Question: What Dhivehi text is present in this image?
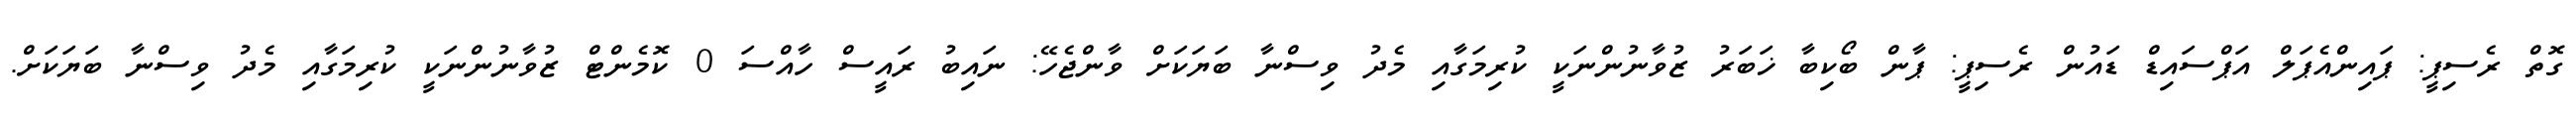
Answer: ގޮތް ރެސިޕީ: ޕައިންއެޕަލް އަޕްސައިޑް ޑައުން ރެސިޕީ: ޕާން ބޯކިބާ ޚަބަރު ޒުވާނުންނަކީ ކުރިމަގާއި މެދު ވިސްނާ ބަޔަކަށް ވާންޖެހޭ: ނައިބު ރައީސް ހާއްސަ 0 ކޮމެންޓް ޒުވާނުންނަކީ ކުރިމަގާއި މެދު ވިސްނާ ބަޔަކަށް.